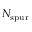
N _ { \mathrm { s p u r } }